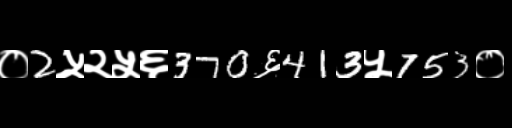
Text: ०2५२५६370६413५753०